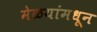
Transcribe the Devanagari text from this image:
मेळयांमधून